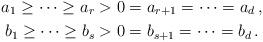
LaTeX: \begin{align*}a_1\ge\dots\ge a_r&>0=a_{r+1}=\dots=a_d \,, \\b_1\ge\dots\ge b_s&>0=b_{s+1}=\dots=b_d \,.\end{align*}